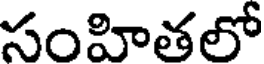
సంహితలో